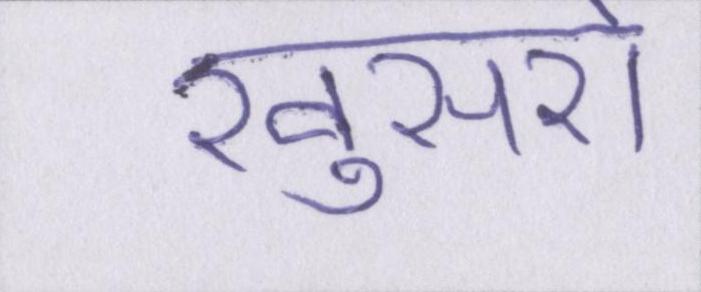
खुसरों